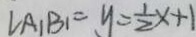
\angle A _ { 1 } B _ { 1 } = y = \frac { 1 } { 2 } x + 1